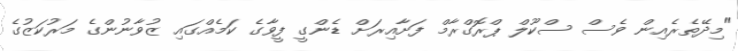
"މިދޭތެރެއިން ވެސް ސްކޫލް ޕްރޮގްރާމް ފަށާއިރަށް ޑެންގީ ފީވާގެ ކަމެއްގައި ޒުވާނުންގެ މަރުކަޒުގެ